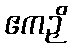
ဧကဉှိ